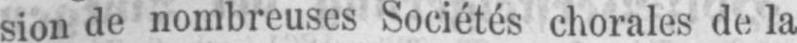
sion de nombreuses Sociétés chorales de la